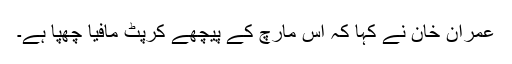
عمران خان نے کہا کہ اس مارچ کے پیچھے کرپٹ مافیا چھپا ہے۔